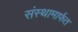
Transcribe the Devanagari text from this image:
संस्थामार्फत